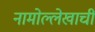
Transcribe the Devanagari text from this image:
नामोल्लेखाची